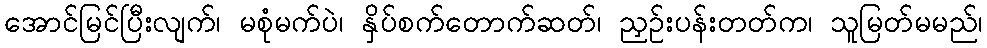
အောင်မြင်ပြီးလျက်၊ မစုံမက်ပဲ၊ နှိပ်စက်တောက်ဆတ်၊ ညှဉ်းပန်းတတ်က၊ သူမြတ်မမည်၊